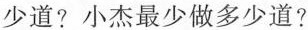
少道?小杰最少做多少道?